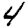
Digit: 4